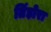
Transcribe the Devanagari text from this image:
तिंड़ोरा